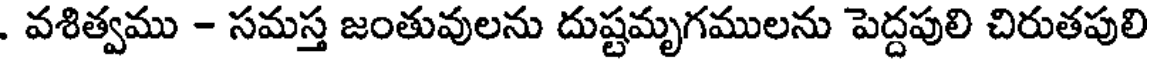
. వశిత్వము - సమస్త జంతువులను దుష్టమృగములను పెద్దపులి చిరుతపులి